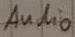
Text: Audio